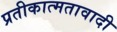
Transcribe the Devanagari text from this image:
प्रतीकात्मतावादी